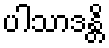
ပါသာဒန္တိ